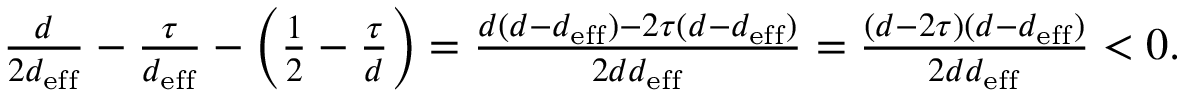
\begin{array} { r } { \frac { d } { 2 d _ { \mathrm { e f f } } } - \frac { \tau } { d _ { \mathrm { e f f } } } - \left( \frac { 1 } { 2 } - \frac { \tau } { d } \right) = \frac { d ( d - d _ { \mathrm { e f f } } ) - 2 \tau ( d - d _ { \mathrm { e f f } } ) } { 2 d d _ { \mathrm { e f f } } } = \frac { ( d - 2 \tau ) ( d - d _ { \mathrm { e f f } } ) } { 2 d d _ { \mathrm { e f f } } } < 0 . } \end{array}